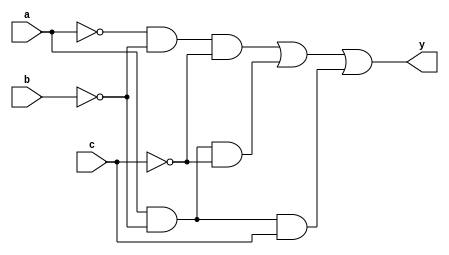
module example(a, b, c, y);
input a, b, c;
output y;
assign y = ~a & ~b & ~c | a & 
~b & ~c | a & ~b & c;
endmodule